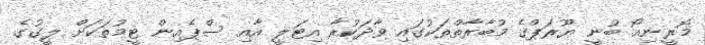
މޮރީނިއޯ ބުނީ ޔޫރަޕްގެ މުބާރާތްތަކުގައި ވާދަކުރާ އިޓަލީ އާއި ސްޕެއިން ޓީމުތަަކަށް ލީގުގެ